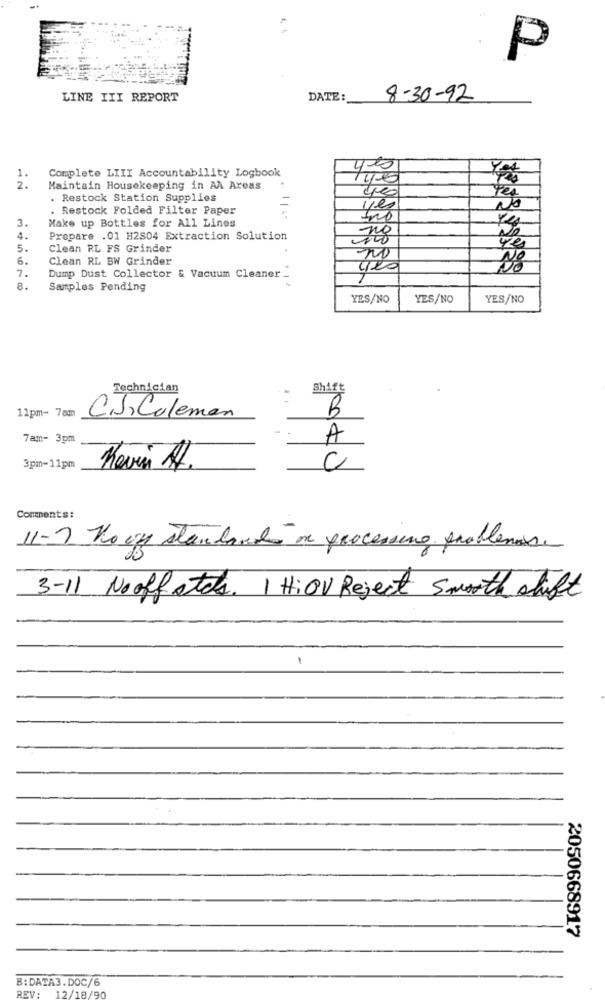
P
LINE III REPORT
DATE :_
8-30-92
Complete LIII Accountability Logbook
yes
1.
2.
Maintain Housekeeping in AA Areas
. Restock Station Supplies
. Restock Folded Filter Paper
yes
NO
3.
Make up Bottles for All Lines
4.
Prepare .01 H2804 Extraction Solution
ng
5.
Clean RL FS Grinder
Ye
6.
Clean RL BW Grinder
7.
Dump Dust Collector & Vacuum Cleaner _
8.
Samples Pending
YES/NO
YES/NO
YES/NO
Technician
Shift
11pm- 7am
B
C.J,Coleman
7am- 3pm
A
3pm-11pm
C
Comments:
11-2 Ko opp standards on processing problemas.
3-11 Nooff stets. I HiOV Reject smooth shift
2050668917
B:DATA3.DOC/6
REV:
12/18/90